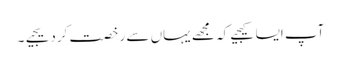
آپ ایسا کیجیے کہ مجھے یہاں سے رخصت کردیجیے۔